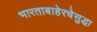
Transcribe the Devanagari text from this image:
भारताबाहेरचेसुद्धा